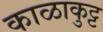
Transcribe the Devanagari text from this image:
काळाकुट्ट